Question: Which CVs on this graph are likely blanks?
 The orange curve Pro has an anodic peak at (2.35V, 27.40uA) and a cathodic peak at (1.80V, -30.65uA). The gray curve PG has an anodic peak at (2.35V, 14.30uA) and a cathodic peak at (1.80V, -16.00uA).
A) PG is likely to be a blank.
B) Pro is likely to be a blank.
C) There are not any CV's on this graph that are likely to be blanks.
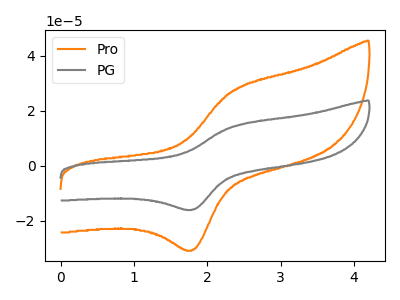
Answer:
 <answer>C) There are not any CV's on this graph that are likely to be blanks.</answer>
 <eval>C</eval>